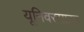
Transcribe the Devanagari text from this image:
यूनिवरसाइड